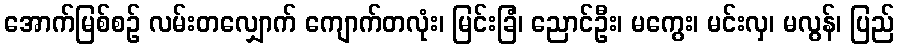
အောက်မြစ်စဉ် လမ်းတလျှောက် ကျောက်တလုံး၊ မြင်းခြံ၊ ညောင်ဦး၊ မကွေး၊ မင်းလှ၊ မလွန်၊ ပြည်